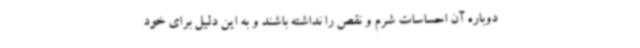
دوباره آن احساسات شرم و نقص را نداشته باشند و به این دلیل برای خود